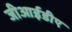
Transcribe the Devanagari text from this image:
जीआईडीए